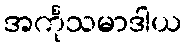
အင်္ကုသမာဒါယ